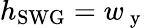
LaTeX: h_{\mathrm{SWG}}=w_{\mathrm{~y~}}